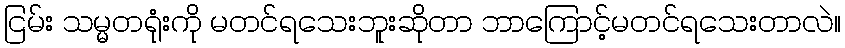
ငြမ်း သမ္မတရုံးကို မတင်ရသေးဘူးဆိုတာ ဘာကြောင့်မတင်ရသေးတာလဲ။